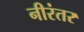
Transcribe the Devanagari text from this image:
नीरंतर